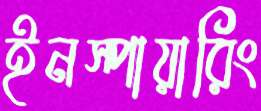
ইনস্পায়ারিং